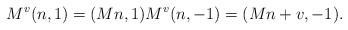
LaTeX: \begin{align*} M^{v}(n,1)=(M n,1) M^{v}(n,-1)=(M n+v,-1).\end{align*}